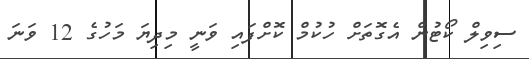
ސިވިލް ކޯޓުން އެގޮތަށް ހުކުމް ކޮށްފައި ވަނީ މިދިޔަ މަހުގެ 12 ވަނަ